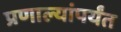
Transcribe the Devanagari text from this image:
प्रणाल्यांपर्यंत